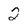
Character: 2